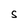
Character: S